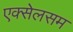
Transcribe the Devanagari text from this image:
एक्सेलसम